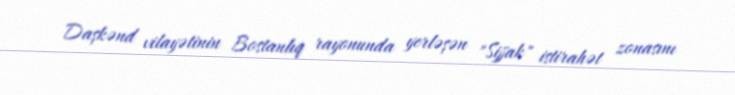
Daşkənd vilayətinin Bostanlıq rayonunda yerləşən "Sijjak" istirahət zonasını